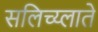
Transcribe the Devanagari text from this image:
सलिच्य्लाते